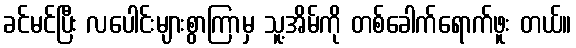
ခင်မင်ပြီး လပေါင်းများစွာကြာမှ သူ့အိမ်ကို တစ်ခေါက်ရောက်ဖူး တယ်။